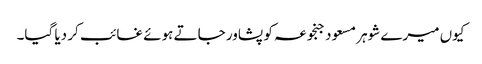
کیوں میرے شوہر مسعود جنجوعہ کو پشاور جاتے ہوئے غائب کر دیا گیا۔